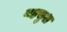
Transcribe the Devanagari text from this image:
महसुश